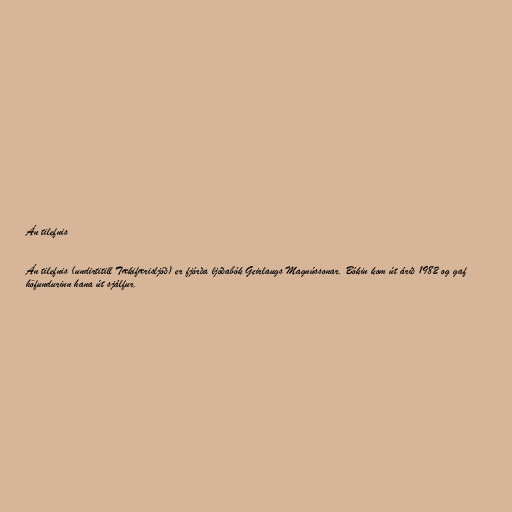
Án tilefnis

Án tilefnis (undirtitill Tækifærisljóð) er fjórða ljóðabók Geirlaugs Magnússonar. Bókin kom út árið 1982 og gaf
höfundurinn hana út sjálfur.